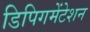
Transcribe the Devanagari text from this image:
डिपिगमेंटेशन